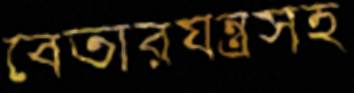
বেতারযন্ত্রসহ